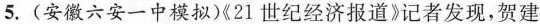
5.(安徽六安一中模拟)《21世纪经济报道》记者发现，贺建